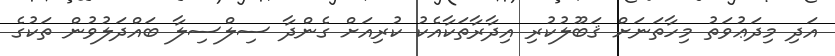
އަދި މިދަޢުވަތު މިހާތަނަށް ޤަބޫލުކުރި އިދާރާތަކާއެކު ކުރިއަށް ގެންދާ ސިލްސިލާ ބައްދަލުވުން ތަކުގެ